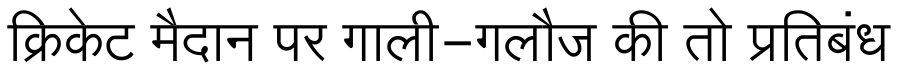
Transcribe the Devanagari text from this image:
क्रिकेट मैदान पर गाली-गलौज की तो प्रतिबंध